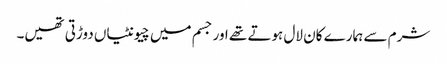
شرم سے ہمارے کان لال ہوتے تھے اور جسم میں چیونٹیاں دوڑتی تھیں۔